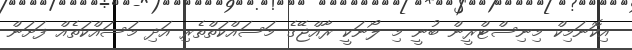
އިކޮނަމިކް މިނިސްޓްރީން ބުނީ މި ލޯނަކީ ރާއްޖޭގެ މަސައްކަތްތެރި އަދި މަސައްކަތެއް ފަށަން